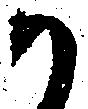
か